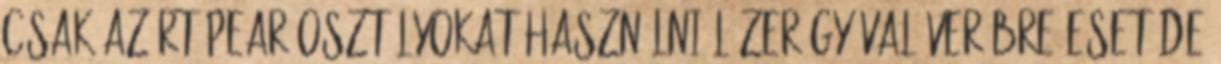
csak azért PEAR osztályokat használni lézerágyúval verébre eset De